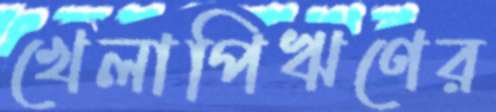
খেলাপিঋণের